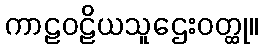
ကာဠဝဠိယသူဌေးဝတ္ထု။